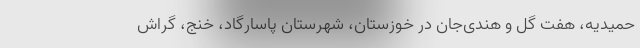
حمیدیه، هفت گل و هندی‌جان در خوزستان، شهرستان پاسارگاد، خنج، گراش